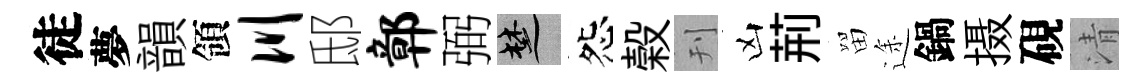
徒夢韻領川邸鄣弼楚怨榖刊凶荊㽞途鍋摄硯清